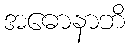
အဓောနာဘိ